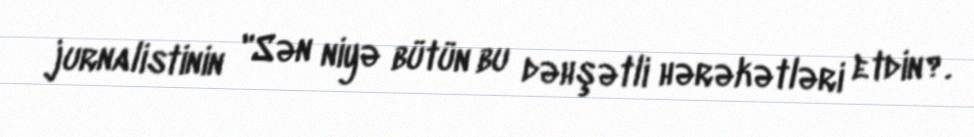
jurnalistinin "Sən niyə bütün bu dəhşətli hərəkətləri etdin?.